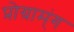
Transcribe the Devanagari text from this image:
प्रोग्राम्ंग